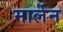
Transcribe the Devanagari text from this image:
मार्लेन